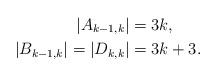
LaTeX: \begin{align*}|A_{k-1,k}| & = 3 k, \\|B_{k-1,k}| = |D_{k,k}| & = 3 k + 3.\\\end{align*}